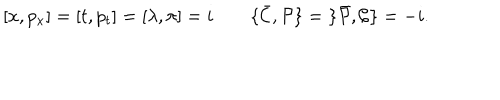
[ x , p _ { x } ] = [ t , p _ { t } ] = [ \lambda , \pi ] = i \qquad \{ { \bar { \cal C } } , { \cal P } \} = \{ { \bar { \cal P } } , { \cal C } \} = - i .